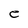
Character: e